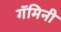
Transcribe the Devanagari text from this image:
गॅमिनी